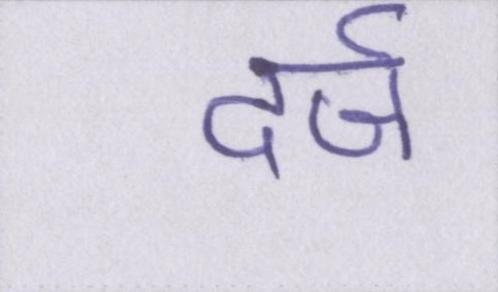
दर्ज